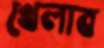
খেলাব